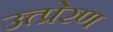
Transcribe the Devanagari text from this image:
उत्त्प्रेरण